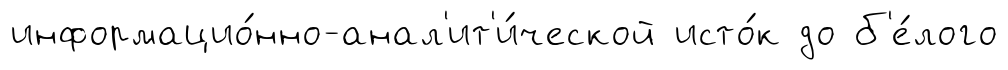
информацио́нно-анал'ит'и́ческой исто́к до б'е́лого